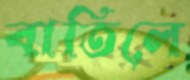
বাতিলে